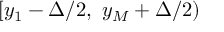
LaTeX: [ y _ { 1 } - \Delta / 2 , ~ y _ { M } + \Delta / 2 )